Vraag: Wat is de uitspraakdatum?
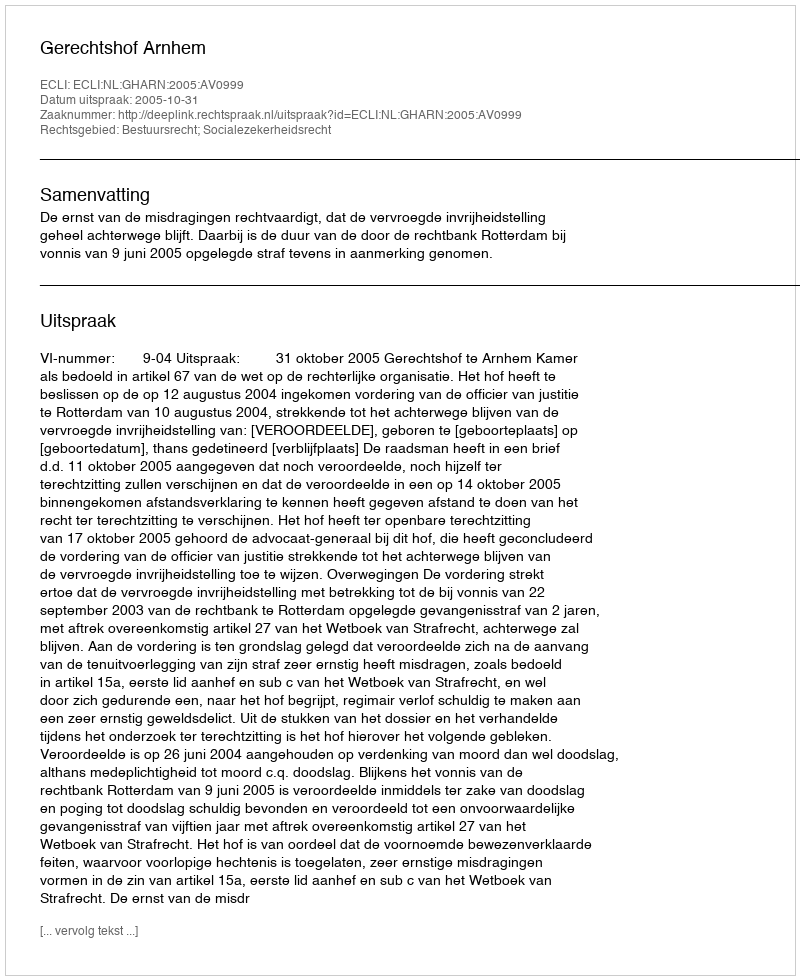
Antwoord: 2005-10-31